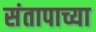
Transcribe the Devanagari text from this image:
संतापाच्या